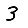
Digit: 3